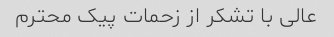
عالی با تشکر از زحمات پیک محترم